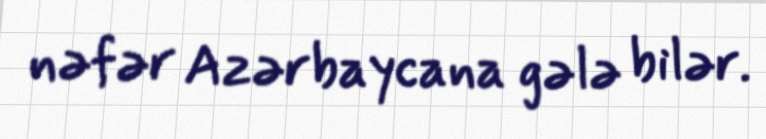
nəfər Azərbaycana gələ bilər.